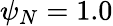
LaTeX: \psi_{N}=1.0